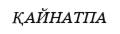
ҚАЙНАТПА